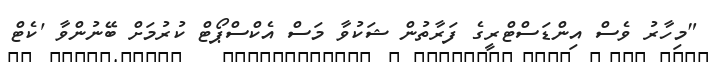
"މިހާރު ވެސް އިންޑަސްޓްރީގެ ފަރާތުން ޝަކުވާ މަސް އެކްސްޕޯޓް ކުރުމަށް ބޭނުންވާ 'ކެޓް